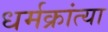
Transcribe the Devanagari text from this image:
धर्मक्रांत्या